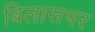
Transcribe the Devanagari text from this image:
बिलासपर